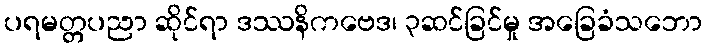
ပရမတ္တပညာ ဆိုင်ရာ ဒဿနိကဗေဒ၊ ၃ဆင်ခြင်မှု အခြေခံသဘော